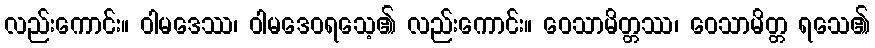
လည်းကောင်း။ ဝါမဒေဿ၊ ဝါမဒေဝရသေ့၏ လည်းကောင်း။ ဝေသာမိတ္တဿ၊ ဝေသာမိတ္တ ရသေ၏